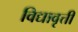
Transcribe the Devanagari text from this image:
विद्यावृत्ती